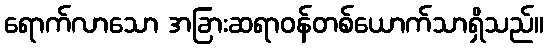
ရောက်လာသော အခြားဆရာဝန်တစ်ယောက်သာရှိသည်။